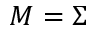
M = \Sigma